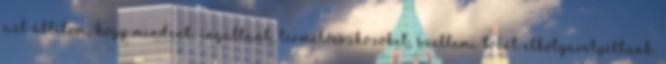
azt állítom, hogy mindent, ingatlant, termelőeszközöket, szellemi tőkét elkótyavetyéltünk.